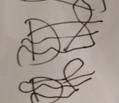
Signature authenticity: forged